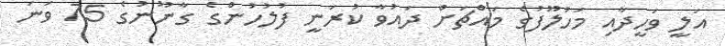
އަލީ ވަހީދާއި މަހުލޫފުގެ މައްޗަށް ދައުވާ ކުރަނީ ފުލުހުންގެ ގާނޫނުގެ 75 ވަނަ